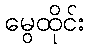
မွေထိုင်း